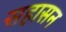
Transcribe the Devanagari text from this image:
सहासन